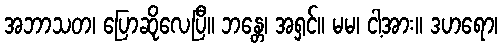
အဘာသတ၊ ပြောဆိုလေပြီ။ ဘန္တေ၊ အရှင်။ မမ၊ ငါ့အား။ ဒဟရော၊